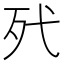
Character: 𣧆